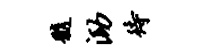
髓泐待